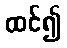
ထင်၍